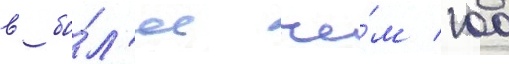
в бо́л'ее че́м 100